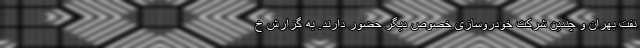
نفت بهران و چندین شرکت خودروسازی خصوص دیگر حضور دارند. به گزارش خ